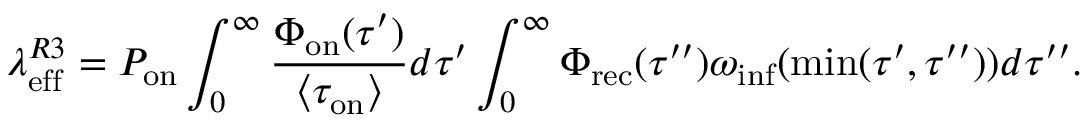
\lambda _ { \mathrm { e f f } } ^ { R 3 } = P _ { \mathrm { o n } } \int _ { 0 } ^ { \infty } \frac { \Phi _ { \mathrm { o n } } ( \tau ^ { \prime } ) } { \langle \tau _ { \mathrm { o n } } \rangle } d \tau ^ { \prime } \int _ { 0 } ^ { \infty } \Phi _ { \mathrm { r e c } } ( \tau ^ { \prime \prime } ) \omega _ { \mathrm { i n f } } ( \operatorname* { m i n } ( \tau ^ { \prime } , \tau ^ { \prime \prime } ) ) d \tau ^ { \prime \prime } .